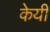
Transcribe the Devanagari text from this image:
केयी